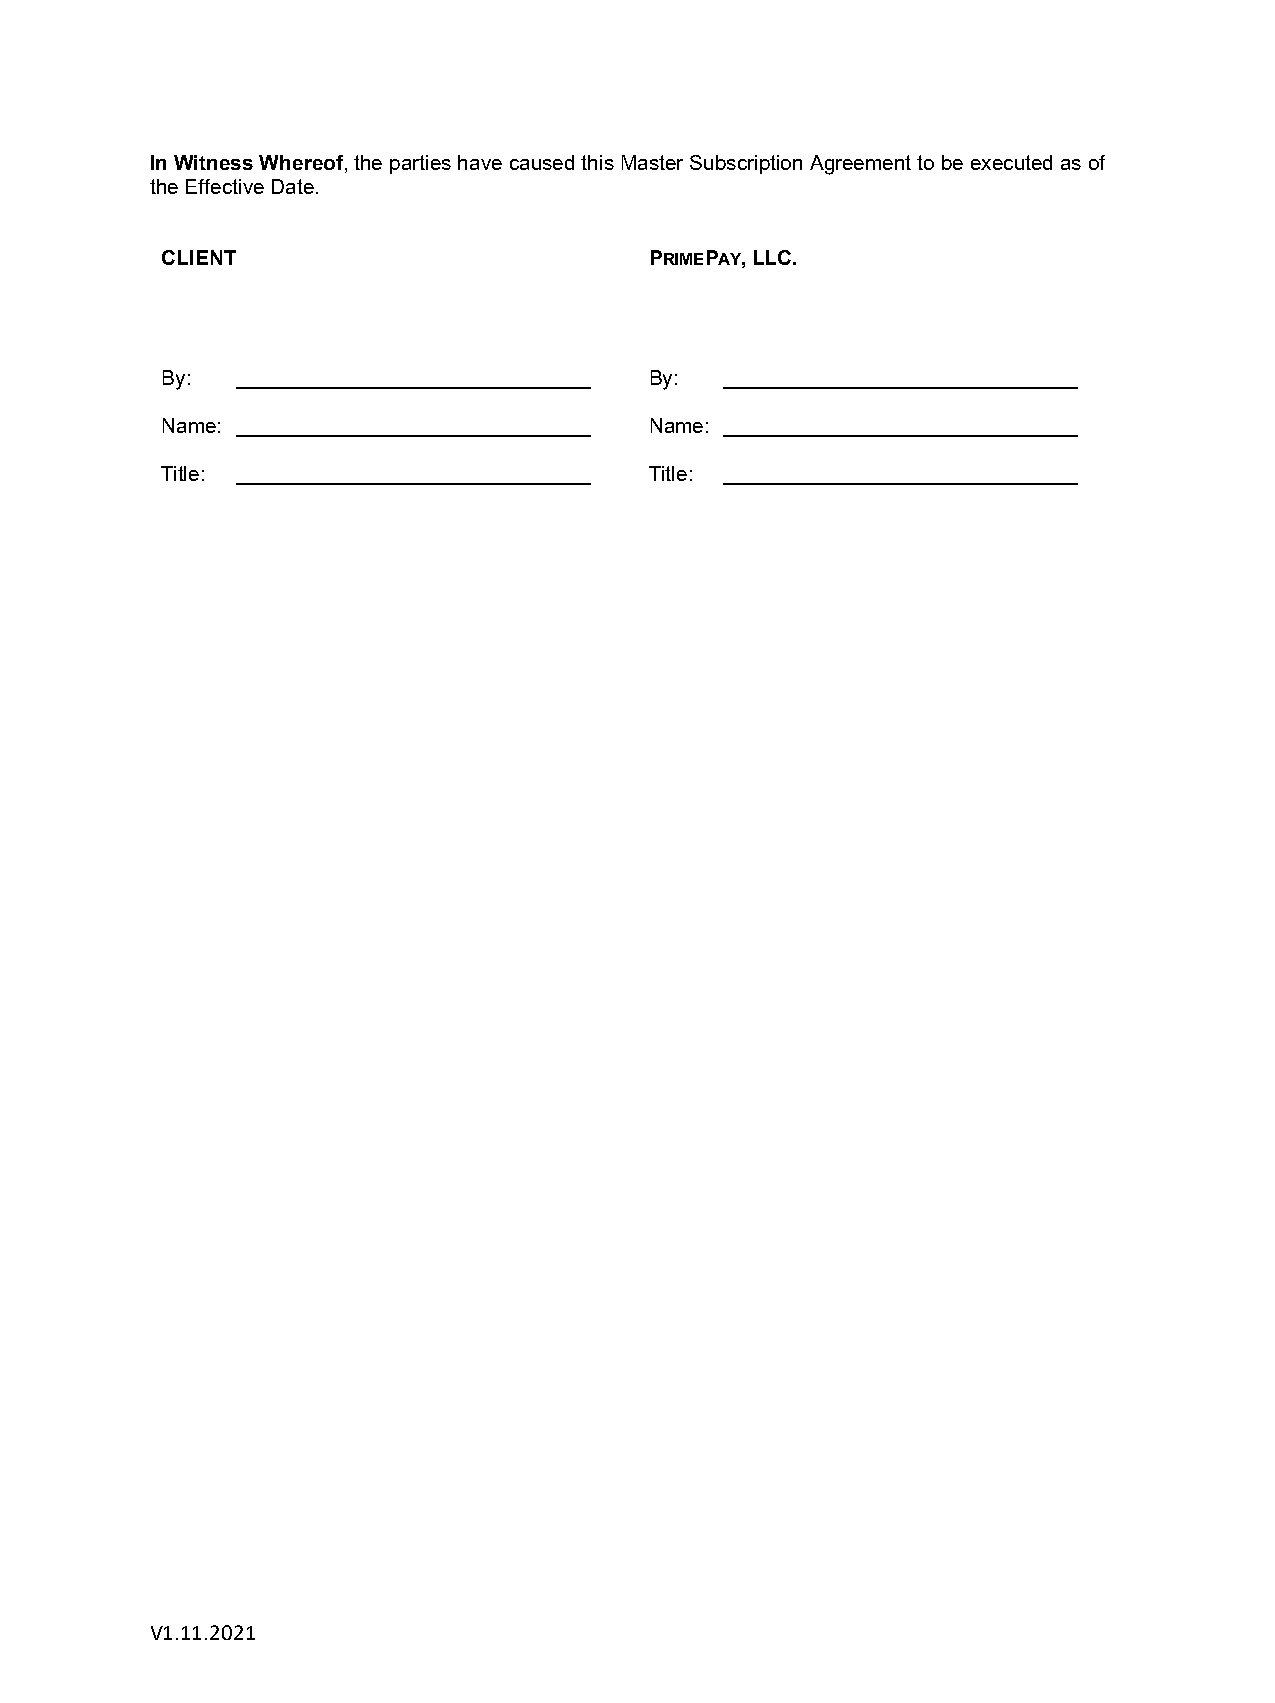
In Witness Whereof, the parties have caused this Master Subscription Agreement to be executed as of
 the Effective Date.
 CLIENT                          PRIMEPAY, LLC.
 By:                             By:
 Name:                           Name:
 Title:                          Title:
 V1.11.2021